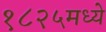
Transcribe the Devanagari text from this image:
१८२५मध्ये